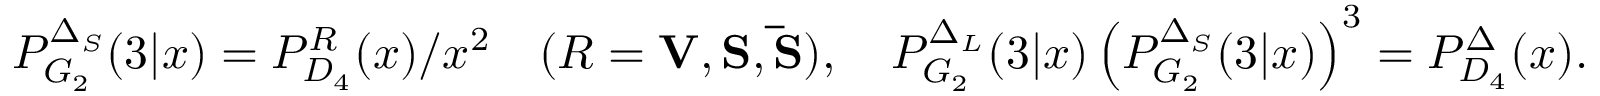
P _ { G _ { 2 } } ^ { \Delta _ { S } } ( 3 | x ) = P _ { D _ { 4 } } ^ { { \cal R } } ( x ) / x ^ { 2 } \quad ( { \cal R } = { \bf V } , { \bf S } , { \bf \bar { S } } ) , \quad P _ { G _ { 2 } } ^ { \Delta _ { L } } ( 3 | x ) \left( P _ { G _ { 2 } } ^ { \Delta _ { S } } ( 3 | x ) \right) ^ { 3 } = P _ { D _ { 4 } } ^ { \Delta } ( x ) .